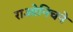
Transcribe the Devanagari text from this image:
राओनिचने